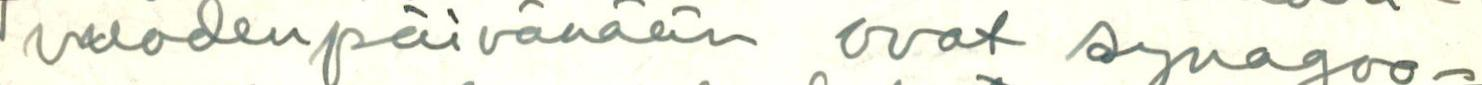
vuodenpäivänään ovat synagoo-